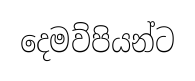
දෙමව්පියන්ට